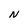
Character: N